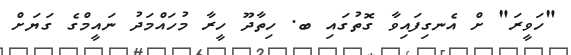
"ހަވީރަ" ށް އެނގިފައިވާ ގޮތުގައި ބ. ހިތާދޫ ހީރާ މުހައްމަދު ނައީމްގެ ގަޔަށް